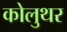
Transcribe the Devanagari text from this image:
कोलुथर